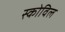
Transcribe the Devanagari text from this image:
स्कोविल